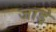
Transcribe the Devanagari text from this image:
जाड़े़